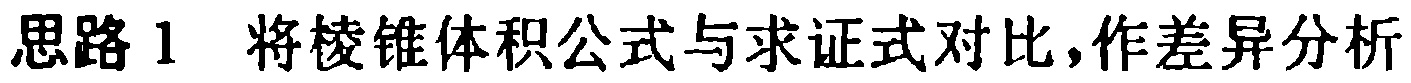
思路1 将棱锥体积公式与求证式对比,作差异分析